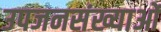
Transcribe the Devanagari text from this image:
उपजनसंख्याओं